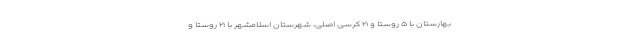
بهارستان با ۵ روستا و ۲۱ کرسی اصلی، شهرستان اسلامشهر با ۲۱ روستا و